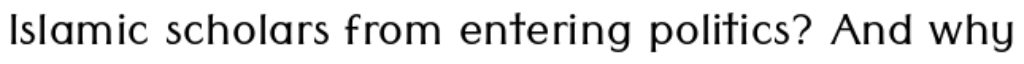
Islamic scholars from entering politics? And why